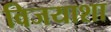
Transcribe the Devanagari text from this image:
विजयाशा